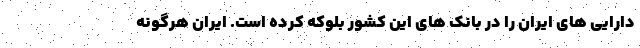
دارایی های ایران را در بانک های این کشور بلوکه کرده است. ایران هرگونه